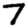
Digit: 7